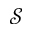
\mathcal { S }